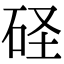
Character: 𥑋